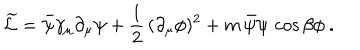
\widetilde { \cal L } = \bar { \psi } \gamma _ { \mu } \partial _ { \mu } \psi + \frac { 1 } { 2 } \, ( \partial _ { \mu } \phi ) ^ { 2 } + m \, \bar { \psi } \psi \, \cos \beta \phi \ .